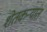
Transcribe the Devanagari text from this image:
शेतकऱ्यांत